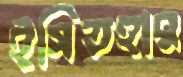
ইসিতহার